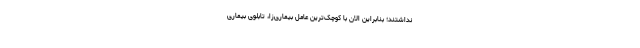
نداشتند؛ بنابراین الان با کوچک‌ترین عامل بیماری‌زا، تابلوی بیماری